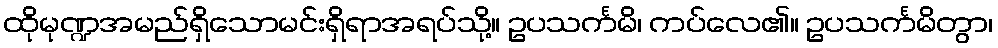
ထိုမုဏ္ဍအမည်ရှိသောမင်းရှိရာအရပ်သို့။ ဥပသင်္ကမိ၊ ကပ်လေ၏။ ဥပသင်္ကမိတွာ၊